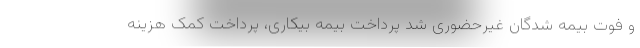
و فوت بیمه شدگان غیرحضوری شد پرداخت بیمه بیکاری، پرداخت کمک هزینه